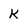
Character: K